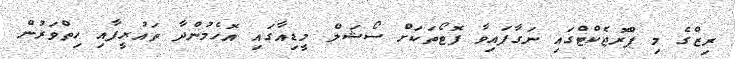
ރިޒްގެ މި ޕްރޮޖެކްޓްގައި ނަގާފައިވާ ފޮޓޯތަކަށް ސޯޝަލް މީޑިއާގައި އޮހެމުންދާ ތައުރީފާއި ހިތްވަރުން